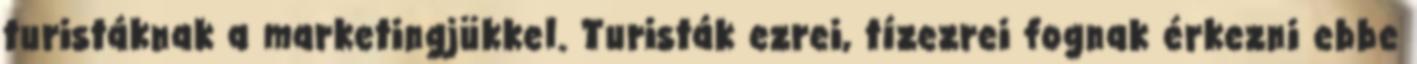
turistáknak a marketingjükkel. Turisták ezrei, tízezrei fognak érkezni ebbe